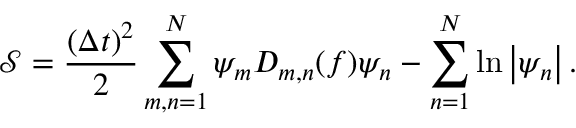
\mathcal { S } = \frac { ( \Delta t ) ^ { 2 } } { 2 } \sum _ { m , n = 1 } ^ { N } \psi _ { m } D _ { m , n } ( f ) \psi _ { n } - \sum _ { n = 1 } ^ { N } \ln \left| \psi _ { n } \right| .